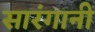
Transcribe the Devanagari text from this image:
सारंगानी